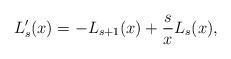
LaTeX: \begin{align*} L_s'(x) = - L_{s + 1}(x) + \frac{s }{x } L_s(x), \end{align*}